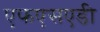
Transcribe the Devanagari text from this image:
एफएसएडी